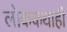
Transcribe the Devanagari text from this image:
लोककथाही